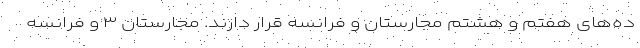
ده‌های هفتم و هشتم مجارستان و فرانسه قرار دارند. مجارستان ۳ و فرانسه